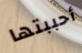
أحببتها